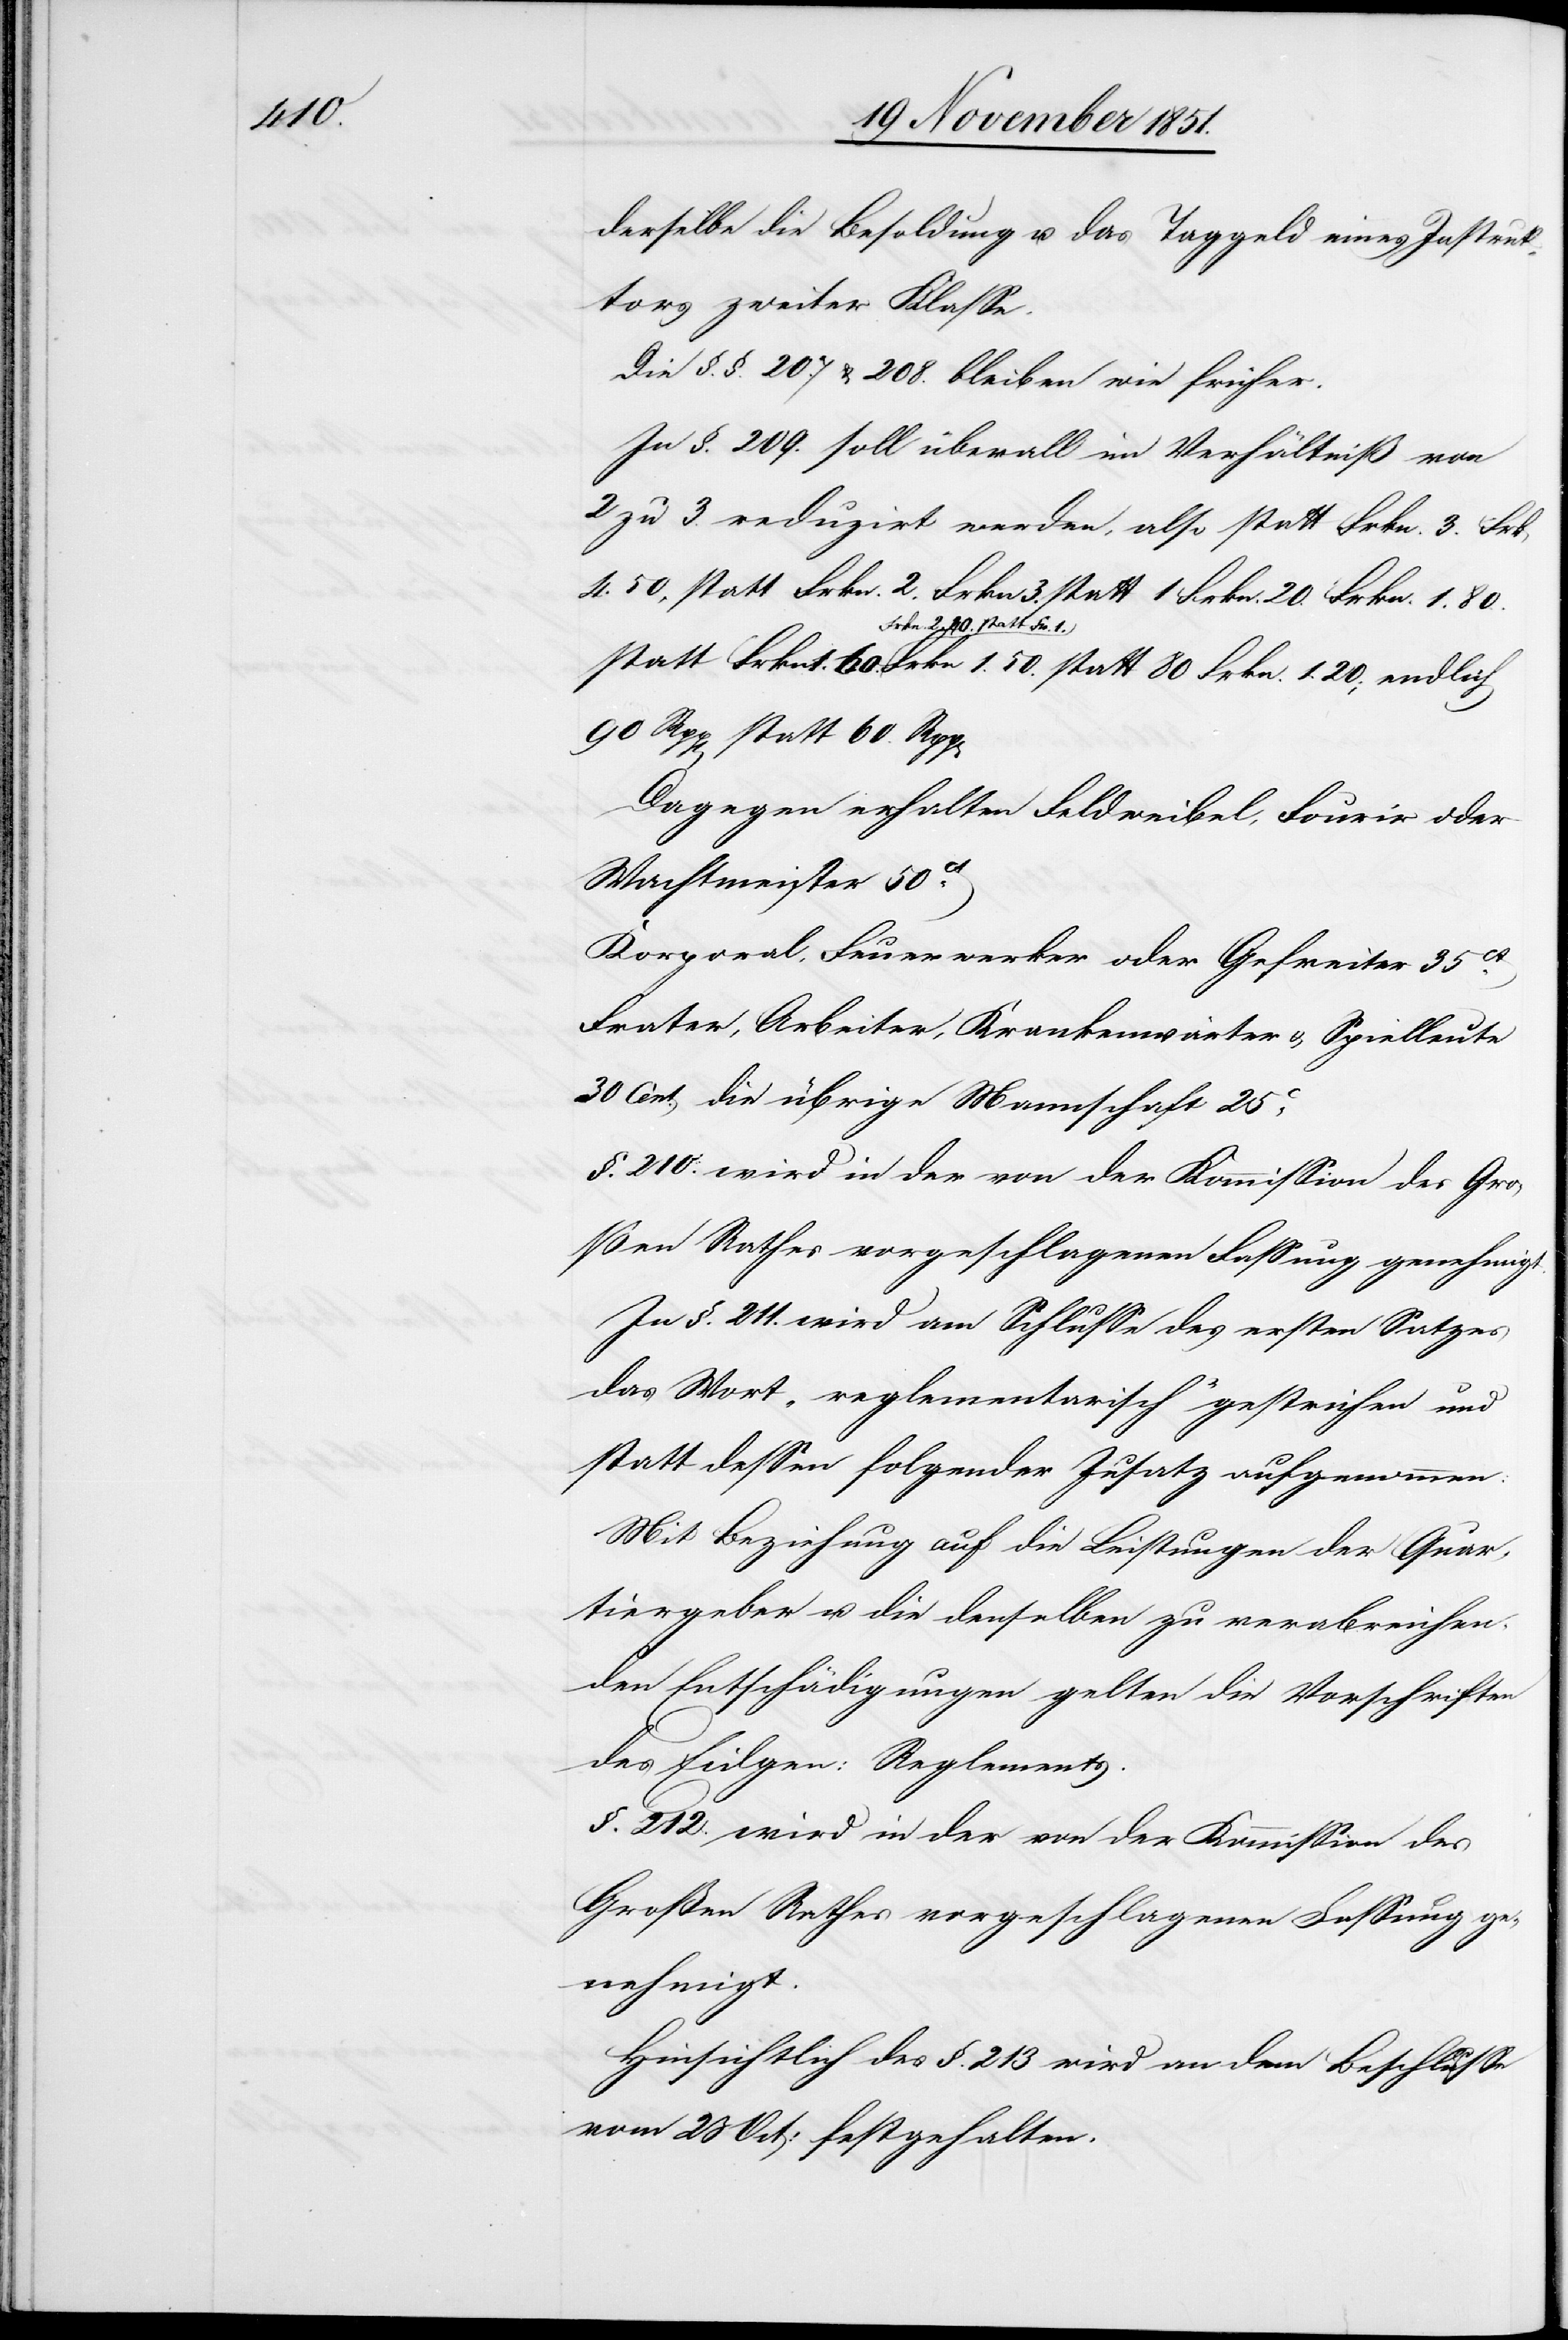
derselbe die Besoldung u. das Taggeld eines Instruk¬
tors zweiter Klasse.
Die §.§. 207 & 208. bleiben wie früher.
In §. 209. soll überall im Verhältniß von
zu 3. reduzirt werden, also statt Frkn. 3. Frk
4. 50, statt Frkn. 2. Frkn. 3. statt 1 Frkn. 20. Frkn. 1. 80.
Frkn. 1. 60. Frkn. 2. 80.
statt Fr. 1. Frkn. 1. 50. statt 80 Frkn. 1. 20; endlich
90 Rpp[en] statt 60. Rpp[en]
Dagegen erhalten Feldweibel, Fourir oder
Wachtmeister 50ct.
Korporal, Feuerwerker oder Gefreiter 35ct.
Frater, Arbeiter, Krankenwärter & Spielleute
30 Cent. die übrige Mannschaft 25c.
§. 210. wird in der von der Kommission des Gro¬
ßen Rathes vorgeschlagenen Fassung genehmigt.
In §. 211. wird am Schlusse des ersten Satzes
das Wort „reglementarisch“ gestrichen und
statt dessen folgender Zusatz aufgenommen:
Mit Beziehung auf die Leistungen der Quar¬
tiergeber u. die denselben zu verabreichen¬
den Entschädigungen gelten die Vorschriften
des Eidgen: Reglements.
§. 212. wird in der von der Kommission des
Großen Rathes vorgeschlagenen Fassung ge¬
nehmigt.
Hinsichtlich des §. 213 wird an dem Beschlusse
vom 23 Oct: festgehalten.